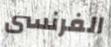
الفرنسى